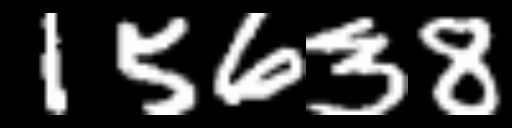
Text: 15638